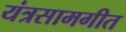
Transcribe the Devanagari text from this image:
यंत्रसामगीत